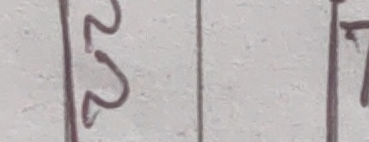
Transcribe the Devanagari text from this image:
२२